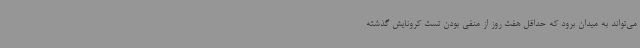
می‌تواند به میدان برود که حداقل هفت روز از منفی بودن تست کرونایش گذشته